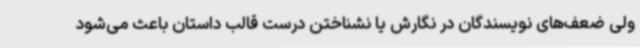
ولی ضعف‌های نویسندگان در نگارش یا نشناختن درست قالب داستان باعث می‌شود